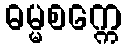
ဓမ္မစက္ကေ